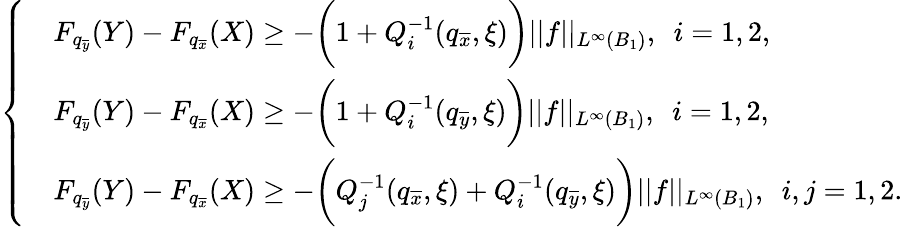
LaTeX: \left\{ \begin{array}{rl}&{F_{q_{\overline{{y}}}}(Y)-F_{q_{\overline{{x}}}}(X)\geq-\bigg(1+Q_{i}^{-1}(q_{\overline{{x}}},\xi)\bigg)||f||_{L^{\infty}(B_{1})},\ \ i=1,2,}\\ &{F_{q_{\overline{{y}}}}(Y)-F_{q_{\overline{{x}}}}(X)\geq-\bigg(1+Q_{i}^{-1}(q_{\overline{{y}}},\xi)\bigg)||f||_{L^{\infty}(B_{1})},\ \ i=1,2,}\\ &{F_{q_{\overline{{y}}}}(Y)-F_{q_{\overline{{x}}}}(X)\geq-\bigg(Q_{j}^{-1}(q_{\overline{{x}}},\xi)+Q_{i}^{-1}(q_{\overline{{y}}},\xi)\bigg)||f||_{L^{\infty}(B_{1})},\ \ i,j=1,2.}\end{array}\right.